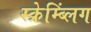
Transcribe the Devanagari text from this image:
स्क्रेम्ब्लिंग